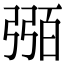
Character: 𢐈